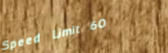
Speed Limit 60